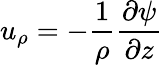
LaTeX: u_{\rho}=-\frac{1}{\rho}\frac{\partial\psi}{\partial z}